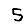
Digit: 5